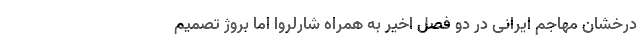
درخشان مهاجم ایرانی در دو فصل اخیر به همراه شارلروا اما بروژ تصمیم